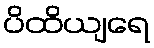
ပိထိယျရေ